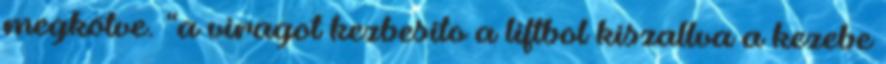
megkötve. “a viragot kezbesito a liftbol kiszallva a kezebe